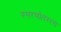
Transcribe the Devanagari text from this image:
स्मरणोतस्त्व